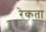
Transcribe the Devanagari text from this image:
रेकता